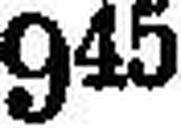
945